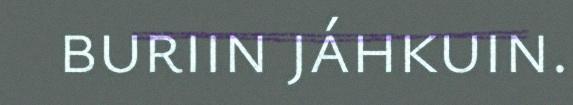
buriin jáhkuin.